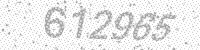
Solution: 612965